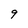
Character: 9